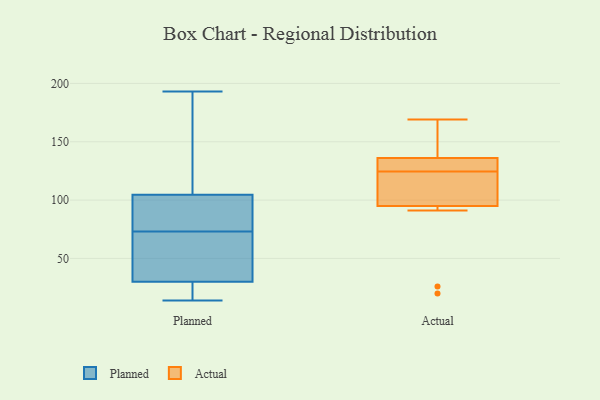
{"axis": {"x": "Active Users", "y": "Value"}, "legend": ["Actual", "Planned"], "data": [{"x": "", "y": 36, "type": "Planned"}, {"x": "", "y": 17, "type": "Planned"}, {"x": "", "y": 14, "type": "Planned"}, {"x": "", "y": 37, "type": "Planned"}, {"x": "", "y": 100, "type": "Planned"}, {"x": "", "y": 78, "type": "Planned"}, {"x": "", "y": 77, "type": "Planned"}, {"x": "", "y": 73, "type": "Planned"}, {"x": "", "y": 40, "type": "Planned"}, {"x": "", "y": 22, "type": "Planned"}, {"x": "", "y": 159, "type": "Planned"}, {"x": "", "y": 184, "type": "Planned"}, {"x": "", "y": 28, "type": "Planned"}, {"x": "", "y": 106, "type": "Planned"}, {"x": "", "y": 193, "type": "Planned"}, {"x": "", "y": 136, "type": "Actual"}, {"x": "", "y": 26, "type": "Actual"}, {"x": "", "y": 169, "type": "Actual"}, {"x": "", "y": 128, "type": "Actual"}, {"x": "", "y": 124, "type": "Actual"}, {"x": "", "y": 169, "type": "Actual"}, {"x": "", "y": 124, "type": "Actual"}, {"x": "", "y": 20, "type": "Actual"}, {"x": "", "y": 159, "type": "Actual"}, {"x": "", "y": 95, "type": "Actual"}, {"x": "", "y": 121, "type": "Actual"}, {"x": "", "y": 129, "type": "Actual"}, {"x": "", "y": 91, "type": "Actual"}, {"x": "", "y": 125, "type": "Actual"}]}